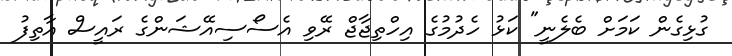
ގުޅިގެން ކަމަށް ބެލެެނީ" ކަޅު ހެދުމުގެ އިހްތިޖާޖް ރޭވި އެސޯސިއޭޝަންގެ ރައީސް އާތިފު